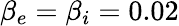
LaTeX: \beta_{e}=\beta_{i}=0.02